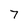
Character: 7